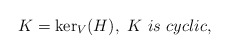
\begin{align*}K=\mathrm{ker}_V(H),~K~is~cyclic,\end{align*}